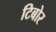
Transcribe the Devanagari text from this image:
टिबोर